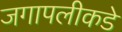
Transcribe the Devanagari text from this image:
जगापलीकडे